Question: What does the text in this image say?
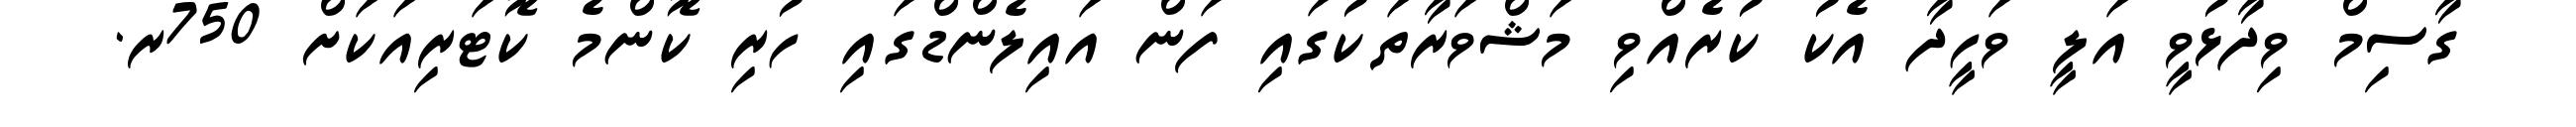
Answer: ގާސިމް ވިދާޅުވީ އަލީ ވަހީދާ އެކު ކުރެއްވި މަޝްވަރާތަކުގައި ފަން އައިލެންޑްގައި ހުރި ކޮންމެ ކޮޓަރިއަކަށް 750ރ.